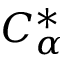
C _ { \alpha } ^ { * }